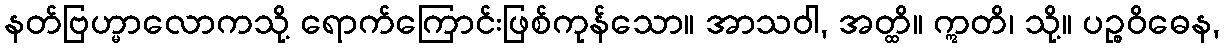
နတ်ဗြဟ္မာလောကသို့ ရောက်ကြောင်းဖြစ်ကုန်သော။ အာသဝါ, အတ္ထိ။ ဣတိ၊ သို့။ ပဉ္စဝိဓေန,